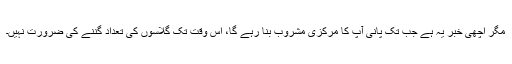
مگر اچھی خبر یہ ہے جب تک پانی آپ کا مرکزی مشروب بنا رہے گا، اس وقت تک گلاسوں کی تعداد گننے کی ضرورت نہیں۔